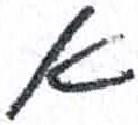
אות: א